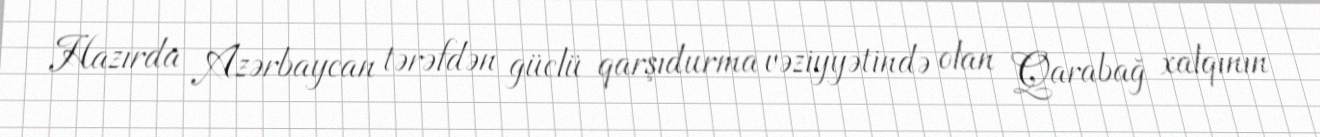
Hazırda Azərbaycan tərəfdən güclü qarşıdurma vəziyyətində olan Qarabağ xalqının